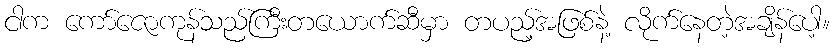
ငါက ကော်ဇောကုန်သည်ကြီးတယောက်ဆီမှာ တပည့်အဖြစ်နဲ့ လိုက်နေတဲ့အချိန်ပေါ့။